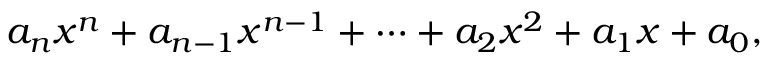
a _ { n } x ^ { n } + a _ { n - 1 } x ^ { n - 1 } + \dotsb + a _ { 2 } x ^ { 2 } + a _ { 1 } x + a _ { 0 } ,